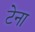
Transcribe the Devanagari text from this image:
टेना